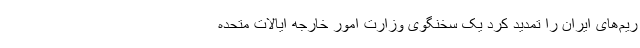
ریم‌های ایران را تمدید کرد یک سخنگوی وزارت امور خارجه ایالات متحده